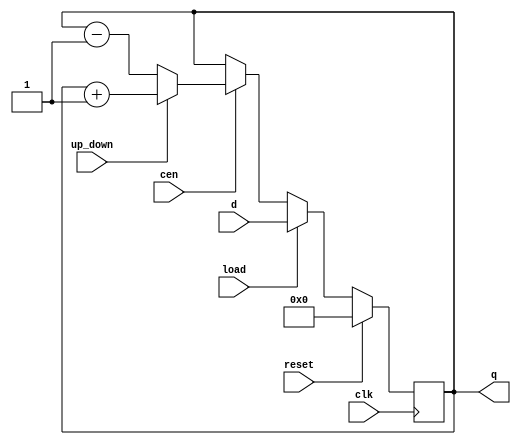
module loadable_counter (
    input wire clk,           // Clock signal
    input wire reset,         // Synchronous reset
    input wire load,          // Load enable signal
    input wire cen,           // Count enable signal
    input wire up_down,       // Up/Down control signal (1 for up, 0 for down)
    input wire [7:0] d,       // Data input for loading value (8-bit wide, can be adjusted)
    output reg [7:0] q        // Current count output (8-bit wide, can be adjusted)
);

    // Synchronous reset and load logic
    always @(posedge clk) begin
        if (reset) begin
            q <= 8'b0;  // Reset the counter to zero
        end else if (load) begin
            q <= d;  // Load the new value
        end else if (cen) begin
            if (up_down) begin
                q <= q + 1;  // Increment the counter
            end else begin
                q <= q - 1;  // Decrement the counter
            end
        end
    end

endmodule